Source: Handwritten
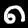
Digit: ၈ (8)